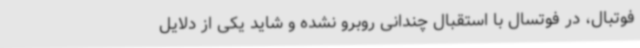
فوتبال، در فوتسال با استقبال چندانی روبرو نشده و شاید یکی از دلایل